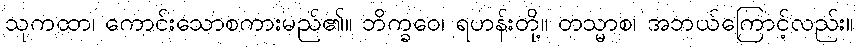
သုကထာ၊ ကောင်းသောစကားမည်၏။ ဘိက္ခဝေ၊ ရဟန်းတို့။ တသ္မာစ၊ အဘယ်ကြောင့်လည်း။